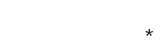
*